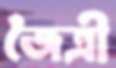
জৈত্রী